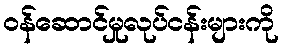
ဝန်ဆောင်မှုလုပ်ငန်းများကို